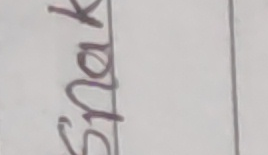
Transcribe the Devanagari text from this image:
स्याक